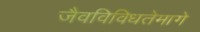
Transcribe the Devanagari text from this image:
जैवविविधतेमागे